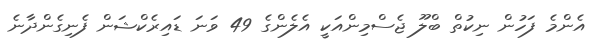
އެންމެ ފަހުން ނިކުތް ބްލޫ ޖެސްމިންއަކީ އެލެންގެ 49 ވަނަ ޑައިރެކްޝަން ފެނިގެންދާނެ